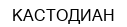
КАСТОДИАН